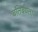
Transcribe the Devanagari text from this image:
बतिबण्ता